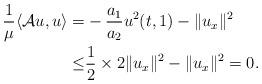
LaTeX: \begin{align*}\frac{1}{\mu}\langle \mathcal{A}u,u\rangle =&-\frac{a_1}{a_2}u^2(t,1)- \|u_x\|^2 \\ \leq & \frac{1}{2}\times 2\|u_x\|^2- \|u_x\|^2= 0.\end{align*}